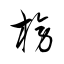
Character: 榜